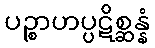
ပဉ္စာဟပ္ပဋိစ္ဆန္နံ